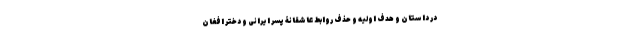
در داستان و هدف اولیه و حذف روابط عاشقانۀ پسر ایرانی و دختر افغان